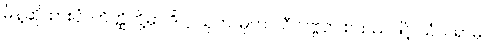
မိန့်ဆိုထားပုံ။ တိတ္ထိတို့မှာ ဒိဋ္ဌ၊ သုတ၊ မုတ၊ သီလဗ္ဗတ စသည်ဖြင့် သံသရာမှ